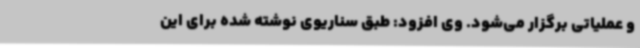
و عملیاتی برگزار می‌شود. وی افزود: طبق سناریوی نوشته شده برای این